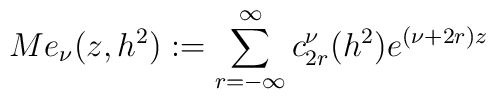
Me_{\nu}(z,h^2):=\sum^{\infty}_{r=-\infty}c^{\nu}_{2r}(h^2)e^{(\nu+2r)z}